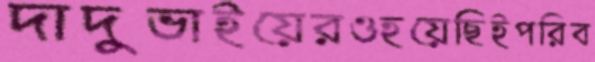
দাদুভাইয়েরওহয়েছিইপরিব